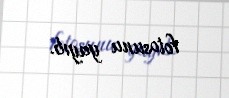
fotosunu yayıb.